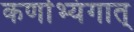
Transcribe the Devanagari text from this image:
कर्णाभ्यंगात्‌